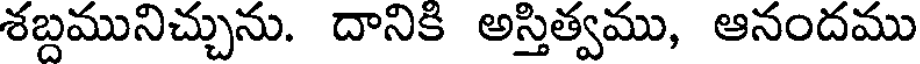
శబ్దమునిచ్చును. దానికి అస్తిత్వము, ఆనందము